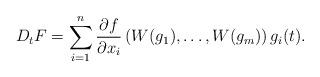
LaTeX: \begin{align*}D_tF = \sum_{i = 1}^n\frac{\partial f}{\partial x_i}\left(W(g_1), \ldots, W(g_m)\right)g_i(t).\end{align*}